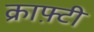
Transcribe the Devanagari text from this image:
क्राफ़्टी